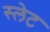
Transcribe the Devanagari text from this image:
स्‍लेट